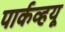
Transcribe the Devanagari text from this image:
पार्कव्हयू